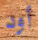
أود